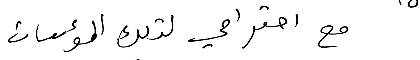
مع احترامي لتلك المؤسسات